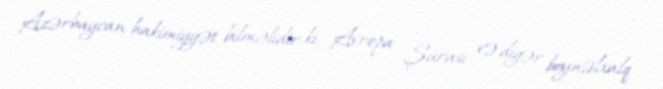
Azərbaycan hakimiyyət bilməlidir ki, Avropa Şurası və digər beynəlxalq